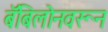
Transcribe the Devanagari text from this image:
बॅबिलोनवरून